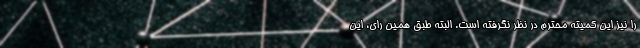
را نیز این کمیته محترم در نظر نگرفته است. البته طبق همین رای، این